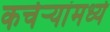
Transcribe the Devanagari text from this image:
कचेऱ्यांमध्ये